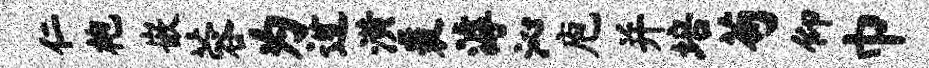
仁袍嵌蓉为迓潢裘滹沁庖并培苟仰巾